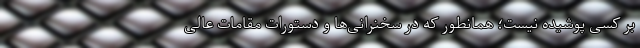
بر کسی پوشیده نیست؛ همانطور که در سخنرانی‌‌ها و دستورات مقامات عالی